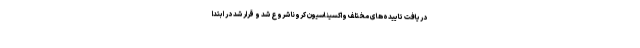
دریافت تاییده‌های مختلف واکسیناسیون کرونا شروع شد و قرار شد در ابتدا